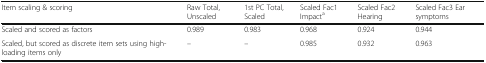
| Item scaling & scoring | Raw Total, Unscaled | 1st PC Total, Scaled | Scaled Fac1 Impacta | Scaled Fac2 Hearing | Scaled Fac3 Ear symptoms |
 | --- | --- | --- | --- | --- | --- |
 | Scaled and scored as factors | 0.989 | 0.983 | 0.968 | 0.924 | 0.944 |
 | Scaled, but scored as discrete item sets using high-loading items only | – | – | 0.985 | 0.932 | 0.963 |